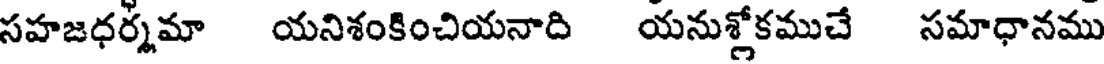
సహజధర్మమా యనిశంకించియనాది యనుశ్లోకముచే సమాధానము